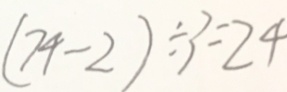
( 7 4 - 2 ) \div 3 = 2 4